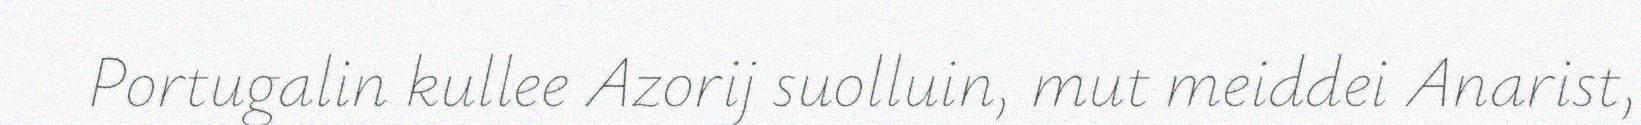
Portugalin kullee Azorij suolluin, mut meiddei Anarist,